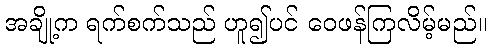
အချို့က ရက်စက်သည် ဟူ၍ပင် ဝေဖန်ကြလိမ့်မည်။